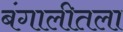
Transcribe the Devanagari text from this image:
बंगालीतला